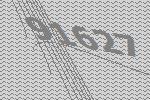
91627